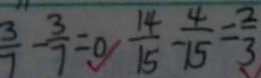
\frac { 3 } { 7 } - \frac { 3 } { 7 } = 0 \frac { 1 4 } { 1 5 } - \frac { 4 } { 1 5 } = \frac { 2 } { 3 }